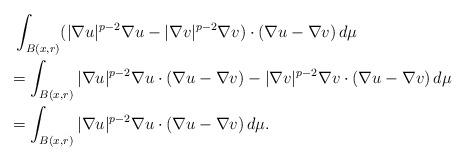
LaTeX: \begin{align*} &\ \int_{B(x,r)}(|\nabla u|^{p-2}\nabla u-|\nabla v|^{p-2}\nabla v)\cdot(\nabla u-\nabla v)\,d\mu \\ &= \int_{B(x,r)}|\nabla u|^{p-2}\nabla u\cdot (\nabla u-\nabla v)-|\nabla v|^{p-2}\nabla v\cdot (\nabla u-\nabla v)\,d\mu \\ &= \int_{B(x,r)}|\nabla u|^{p-2}\nabla u\cdot (\nabla u-\nabla v)\,d\mu.\end{align*}